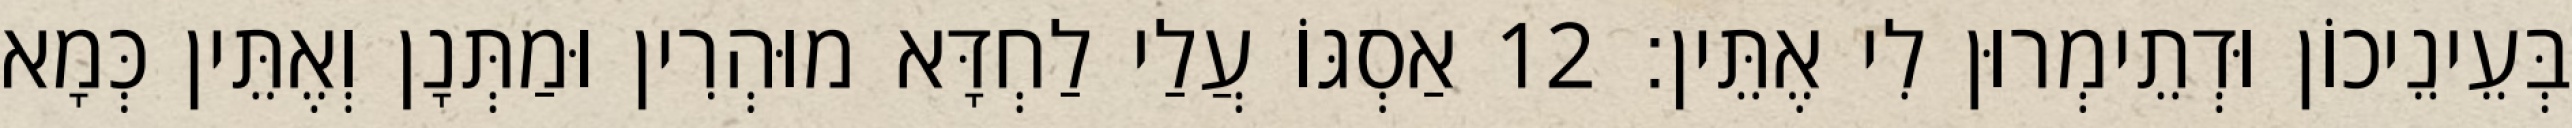
בְּעֵינֵיכוֹן וּדְתֵימְרוּן לִי אֶתֵּין׃ 12 אַסְגּוֹ עֲלַי לַחְדָּא מוּהְרִין וּמַתְּנָן וְאֶתֵּין כְּמָא